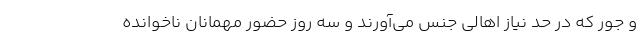
و جور که در حد نیاز اهالی جنس می‌آورند و سه روز حضور مهمانان ناخوانده